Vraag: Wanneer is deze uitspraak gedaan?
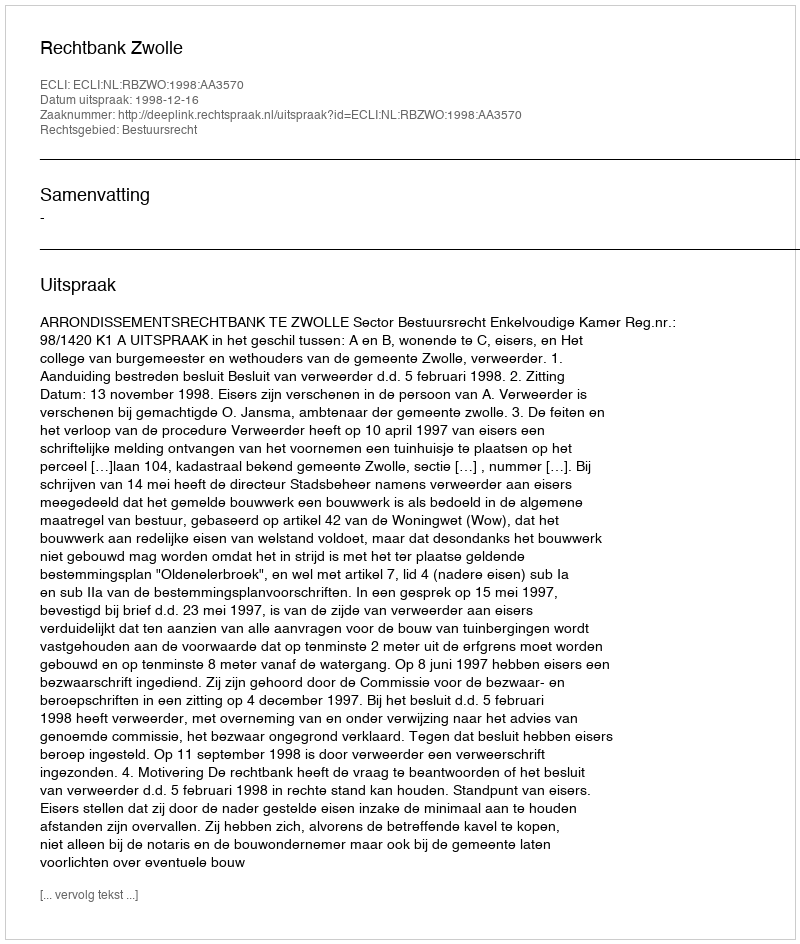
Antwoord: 1998-12-16